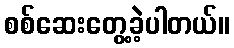
စစ်ဆေးတွေ့ခဲ့ပါတယ်။